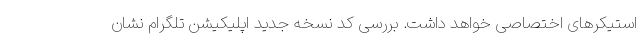
استیکرهای اختصاصی خواهد داشت. بررسی کد نسخه جدید اپلیکیشن تلگرام نشان